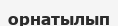
орнатылып